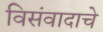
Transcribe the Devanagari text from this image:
विसंवादाचे